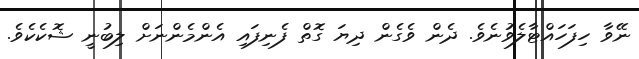
ނޭވާ ހިފަހައްޓާލެވުނެވެ. ދެން ވެގެން ދިޔަ ގޮތް ފެނިފައި އެންމެންނަށް ލިބުނީ ޝޮކެކެވެ.